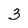
Character: 3